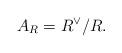
LaTeX: \begin{align*}A_R = R^\vee/R.\end{align*}